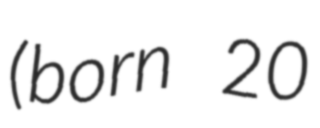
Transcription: (born 20